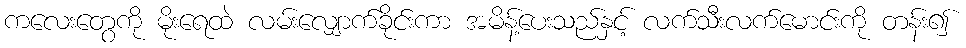
ကလေးတွေကို မိုးရေထဲ လမ်းလျှောက်ခိုင်းကာ အမိန့်ပေးသည်နှင့် လက်သီးလက်မောင်းကို တန်း၍